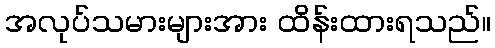
အလုပ်သမားများအား ထိန်းထားရသည်။